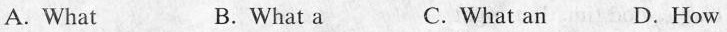
A. What B.What a C.What an D.How